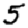
Digit: 5